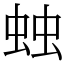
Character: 䖵